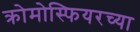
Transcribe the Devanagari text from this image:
क्रोमोस्फियरच्या